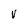
Character: V